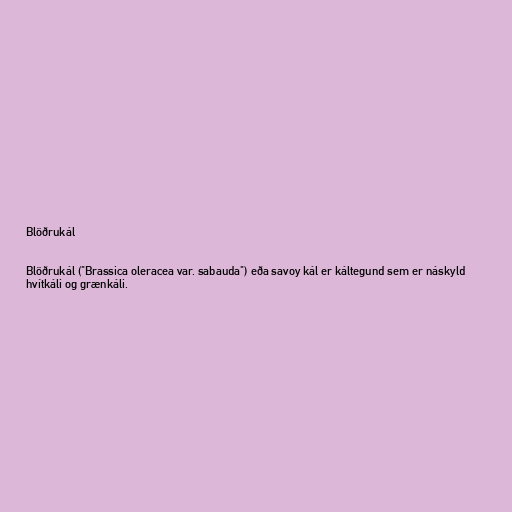
Blöðrukál

Blöðrukál ("Brassica oleracea var. sabauda") eða savoy kál er káltegund sem er náskyld
hvítkáli og grænkáli.